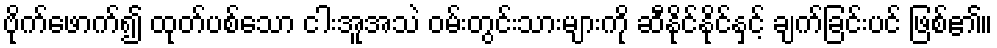
ဗိုက်ဖောက်၍ ထုတ်ပစ်သော ငါးအူအသဲ ဝမ်းတွင်းသားများကို ဆီနိုင်နိုင်နှင့် ချက်ခြင်းပင် ဖြစ်၏။